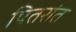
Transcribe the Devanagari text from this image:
पितरांत